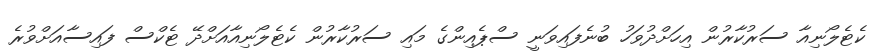
ކެޓެލޯނިއާ ސަރުކާރުން އިހަށްދުވަހު ބުނެފައިވަނީ ސްޕެއިންގެ މައި ސަރުކާރުން ކެޓެލޯނިއާއަށްދޭ ޓެކްސް ފައިސާއަށްވުރެ